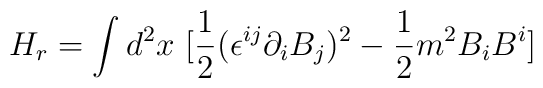
H_r = \int d^2x~ [\frac{1}{2}(\epsilon^{ij}\partial_i B_j)^2 - \frac{1}{2} m^2 B_i B^i]